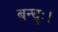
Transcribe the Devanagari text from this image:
बन्धुः।